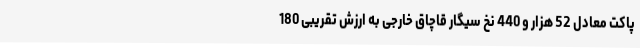
پاکت معادل 52 هزار و 440 نخ سیگار قاچاق خارجی به ارزش تقریبی 180